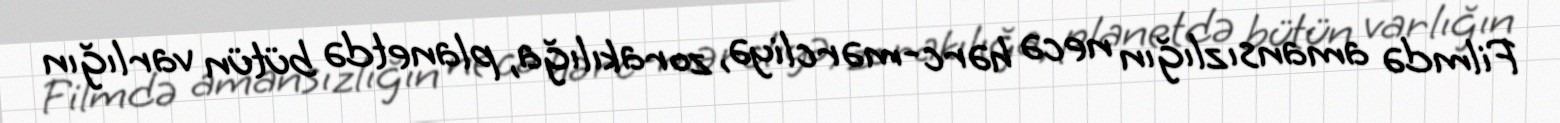
Filmdə amansızlığın necə hərc-mərcliyə, zorakılığa, planetdə bütün varlığın